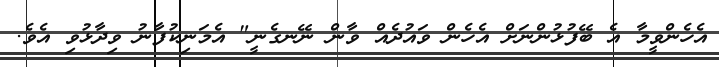
އެހެންވީމާ އެ ބޭފުޅުންނަށް އެހެން ވައުދެއް ވާން ނޭނގެނީ" އެމަނިކުފާނު ވިދާޅުވި އެވެ.